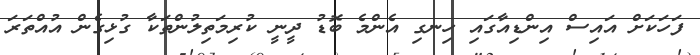
ފަހަކަށް އައިސް އިންޑިއާގައި ހިނގި އެންމެ ބޮޑު ދީނީ ކުރިމަތިލުންތަކާ ގުޅިގެން އުއްތަރަ